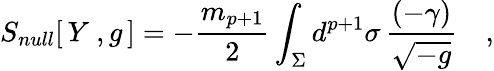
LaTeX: S_{null}[\, Y\ ,g\, ]=-{\frac{m_{p+1}}{2}}\int_{\Sigma}d^{p+1}\sigma\, {\frac{(-\gamma)}{\sqrt{-g}}}\quad,